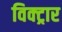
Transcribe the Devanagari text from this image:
विक्ट्रार